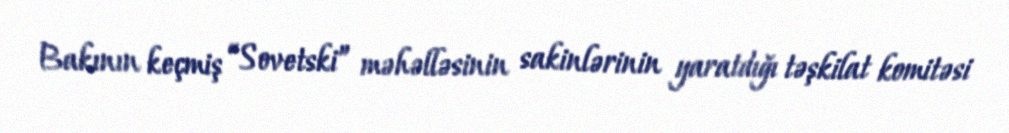
Bakının keçmiş “Sovetski” məhəlləsinin sakinlərinin yaratdığı təşkilat komitəsi